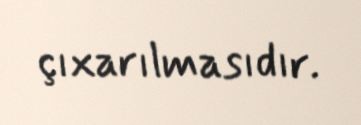
çıxarılmasıdır.